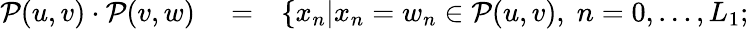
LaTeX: \begin{array}{rlr}{\mathcal{P}(u,v)\cdot\mathcal{P}(v,w)}&{{}=}&{\{ x_{n}|x_{n}=w_{n}\in\mathcal{P}(u,v),\; n=0,\ldots,L_{1};}\end{array}